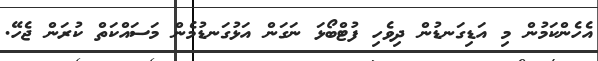
އެހެންކަމުން މި އަޑިގަނޑުން ދިވެހި ފުޓްބޯޅަ ނަގަން އަޅުގަނޑުމެން މަސައްކަތް ކުރަން ޖެހޭ.